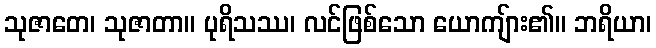
သုဇာတေ၊ သုဇာတာ။ ပုရိသဿ၊ လင်ဖြစ်သော ယောကျ်ား၏။ ဘရိယာ၊